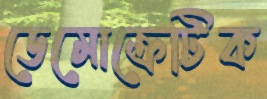
ডেমোক্রেটিক